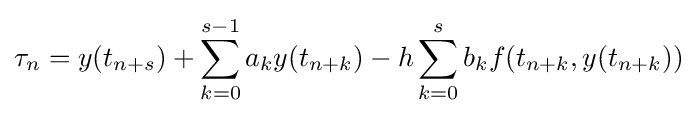
\tau _{n}=y(t_{n+s})+\sum _{k=0}^{s-1}a_{k}y(t_{n+k})-h\sum _{k=0}^{s}b_{k}f(t_{n+k},y(t_{n+k}))